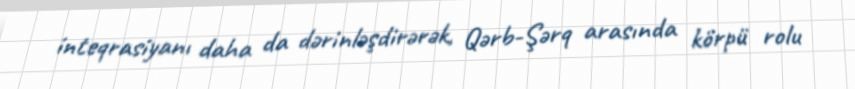
inteqrasiyanı daha da dərinləşdirərək, Qərb-Şərq arasında körpü rolu